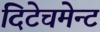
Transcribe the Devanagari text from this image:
दिटेचमेन्ट